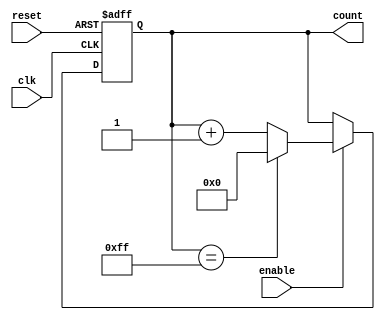
module Parameterized_Counter #(parameter WIDTH = 8) (
    input wire clk,
    input wire reset,
    input wire enable,
    output reg [WIDTH-1:0] count
);

// Counter behavior
always @(posedge clk or posedge reset) begin
    if (reset) begin
        count <= 0; // Asynchronous reset
    end else if (enable) begin
        if (count == (2**WIDTH - 1)) begin
            count <= 0; // Wrap-around behavior
        end else begin
            count <= count + 1; // Increment count
        end
    end
    // If enable is low, count retains its current value
end

endmodule